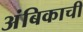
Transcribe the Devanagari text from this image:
अंबिकाची